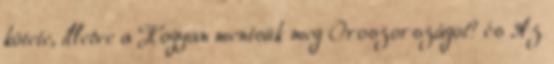
kötete, illetve a Hogyan mentsük meg Oroszországot? és Az